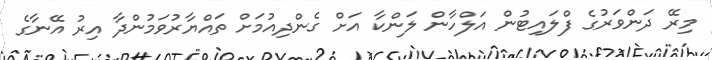
މިރޭ ދަންވަރުގެ ފްލައިޓުން އަލްހާން ލަންކާ އަށް ގެންދިއުމަށް ތައްޔާރުވަމުންދާ އިރު އޭނާގެ